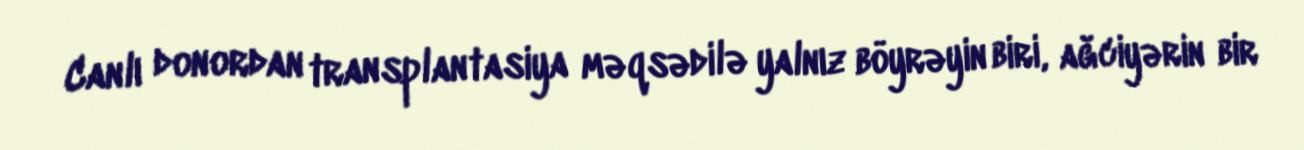
Canlı donordan transplantasiya məqsədilə yalnız böyrəyin biri, ağciyərin bir